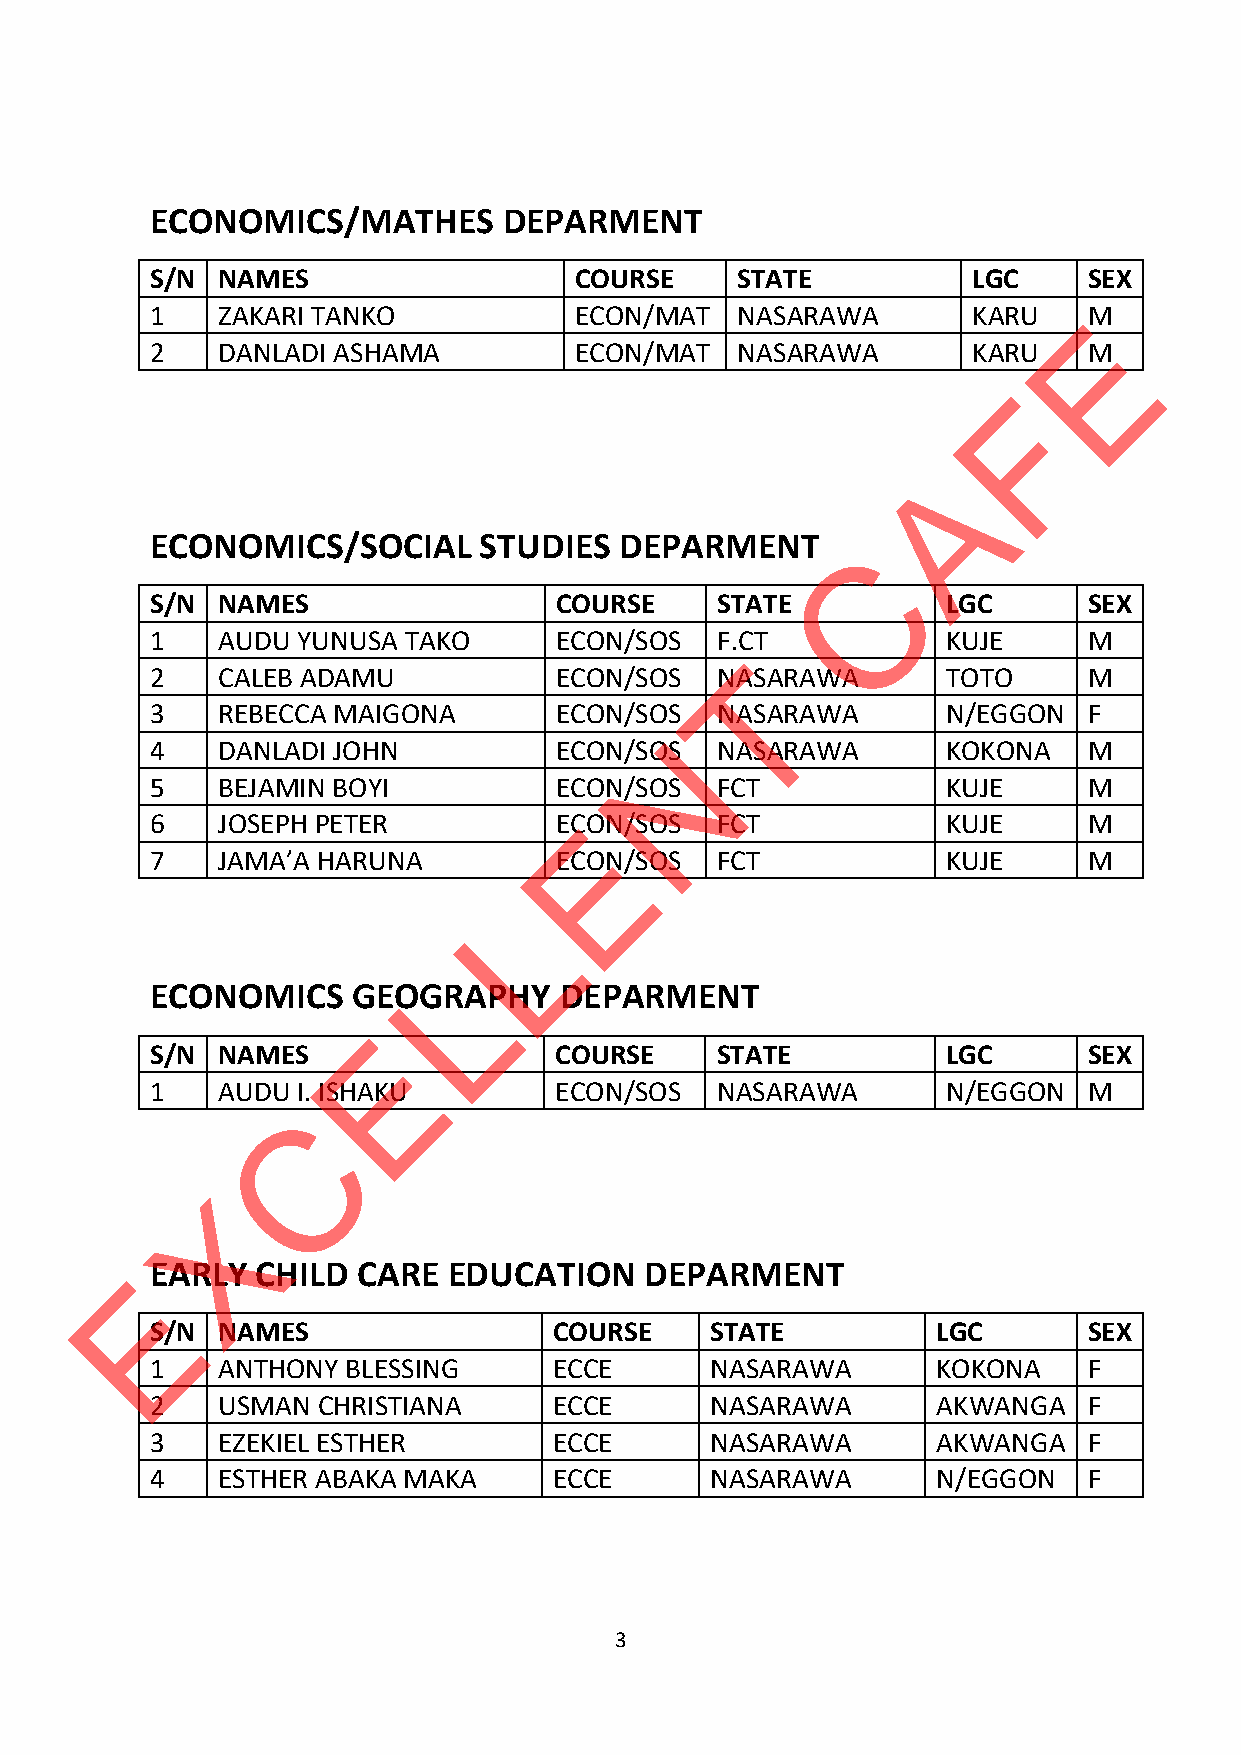
ECONOMICS/MATHES       DEPARMENT
 S/N NAMES                   COURSE     STATE          LGC     SEX
 1   ZAKARI TANKO            ECON/MAT   NASARAWA       KARU    EM
 2   DANLADI ASHAMA          ECON/MAT   NASARAWA       KARU    M
 F
 A
 ECONOMICS/SOCIAL      STUDIES  DEPARMENT       C
 S/N NAMES                  COURSE    STATE           LGC      SEX
 1   AUDU  YUNUSA TAKO      ECON/SOS  F.CT            KUJE     M
 T
 2   CALEB ADAMU            ECON/SOS  NASARAWA        TOTO     M
 3   REBECCA MAIGONA        ECON/SOS  NASARAWA        N/EGGON  F
 N
 4   DANLADI JOHN           ECON/SOS  NASARAWA        KOKONA   M
 5   BEJAMIN BOYI           ECON/SOS  FCT             KUJE     M
 6   JOSEPH PETER           ECEON/SOS FCT             KUJE     M
 7   JAMA’A HARUNA          ECON/SOS  FCT             KUJE     M
 L
 L
 ECONOMICS    GEOGRAPHY     DEPARMENT
 E
 S/N NAMES                  COURSE    STATE           LGC      SEX
 1   AUDU  I. ISHAKU        ECON/SOS  NASARAWA        N/EGGON  M
 C
 X
 EEARLY   CHILD  CARE  EDUCATION    DEPARMENT
 S/N NAMES                  COURSE    STATE          LGC       SEX
 1   ANTHONY  BLESSING      ECCE      NASARAWA       KOKONA    F
 2   USMAN  CHRISTIANA      ECCE      NASARAWA       AKWANGA   F
 3   EZEKIEL ESTHER         ECCE      NASARAWA       AKWANGA   F
 4   ESTHER ABAKA MAKA      ECCE      NASARAWA       N/EGGON   F
 3